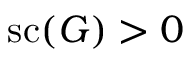
\operatorname { s c } ( G ) > 0